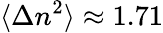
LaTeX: \langle\Delta n^{2}\rangle\approx 1.71